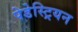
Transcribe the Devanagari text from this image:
पेडेस्ट्रियन